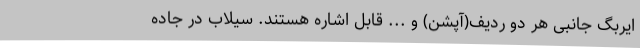
ایربگ جانبی هر دو ردیف(آپشن) و ... قابل اشاره هستند. سیلاب در جاده